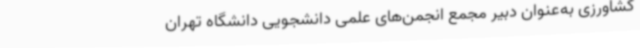
کشاورزی به‌عنوان دبیر مجمع انجمن‌های علمی دانشجویی دانشگاه تهران